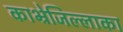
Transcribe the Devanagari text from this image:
काभ्रेजिल्लाका